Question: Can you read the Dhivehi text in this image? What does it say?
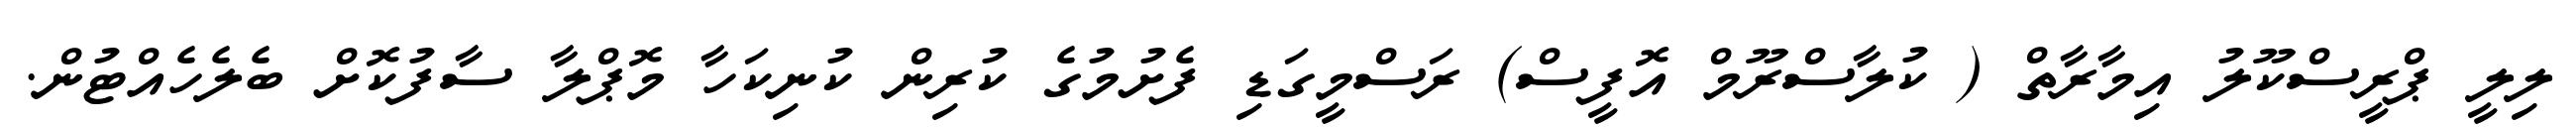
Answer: ލިލީ ޕްރީސްކޫލު އިމާރާތް ( ކުލާސްރޫމް އޮފީސް) ރަސްމީގަޑި ފެށުމުގެ ކުރިން ކުނިކަހާ މޮޕްލާ ސާފުކޮށް ބެލެހެއްޓުން.